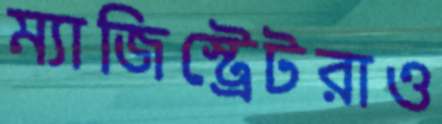
ম্যাজিস্ট্রেটরাও